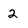
Character: 2